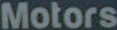
Motors